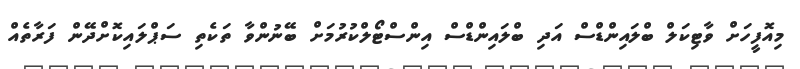
މިއޮފީހަށް ވާޓިކަލް ބްލައިންޑްސް އަދި ބްލައިންޑްސް އިންސްޓޯލްކުރުމަށް ބޭނުންވާ ތަކެތި ސަޕްލައިކޮށްދޭން ފަރާތެއް